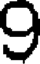
9